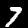
Digit: 7